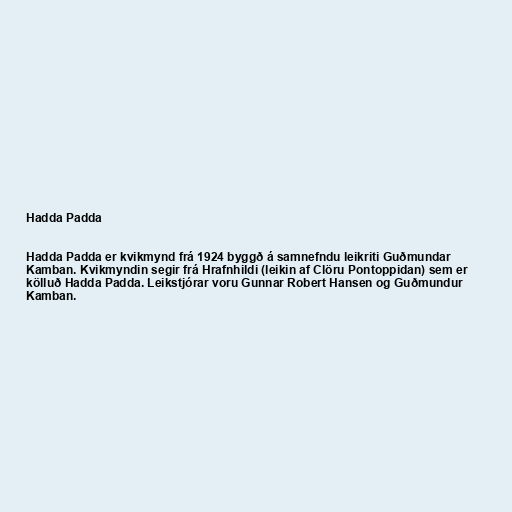
Hadda Padda

Hadda Padda er kvikmynd frá 1924 byggð á samnefndu leikriti Guðmundar
Kamban. Kvikmyndin segir frá Hrafnhildi (leikin af Clöru Pontoppidan) sem er
kölluð Hadda Padda. Leikstjórar voru Gunnar Robert Hansen og Guðmundur
Kamban.